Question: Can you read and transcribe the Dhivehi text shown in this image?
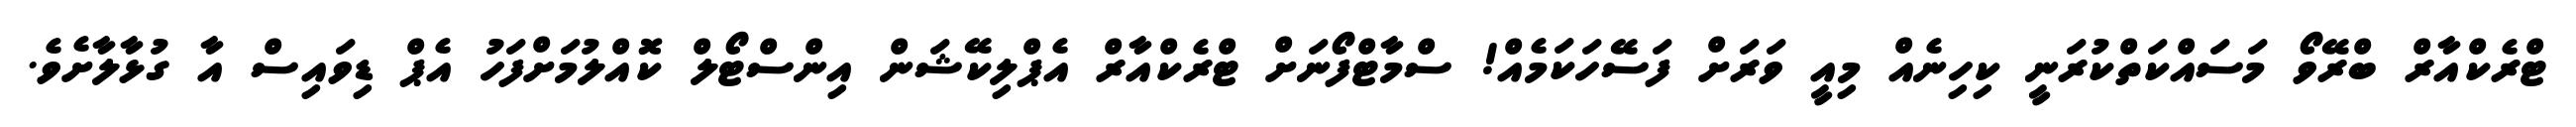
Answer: ޓްރެކްއާރް ބްރޭވޯ މަސައްކަތްކުރަނީ ކިހިނެއް މިއީ ވަރަށް ފަސޭހަކަމެއް! ސްމާޓްފޯނަށް ޓްރެކްއާރް އެޕްލިކޭޝަން އިންސްޓޯލް ކޮއްލުމަށްފަހު އެޕް ޑިވައިސް އާ ގުޅާލާށެވެ.